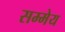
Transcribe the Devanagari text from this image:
सम्मेय